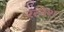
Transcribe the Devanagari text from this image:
रत्नेश